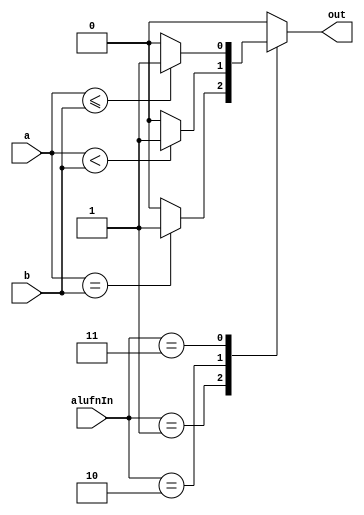
/*
   This file was generated automatically by the Mojo IDE version B1.3.6.
   Do not edit this file directly. Instead edit the original Lucid source.
   This is a temporary file and any changes made to it will be destroyed.
*/

module compare_7 (
    input [15:0] a,
    input [15:0] b,
    input [1:0] alufnIn,
    output reg out
  );
  
  
  
  always @* begin
    
    case (alufnIn)
      2'h1: begin
        if (a == b) begin
          out = 1'h1;
        end else begin
          out = 1'h0;
        end
      end
      2'h2: begin
        if (a < b) begin
          out = 1'h1;
        end else begin
          out = 1'h0;
        end
      end
      2'h3: begin
        if (a <= b) begin
          out = 1'h1;
        end else begin
          out = 1'h0;
        end
      end
      default: begin
        out = 1'h0;
      end
    endcase
  end
endmodule